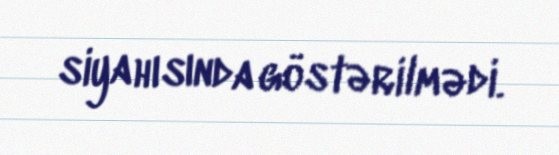
siyahısında göstərilmədi.